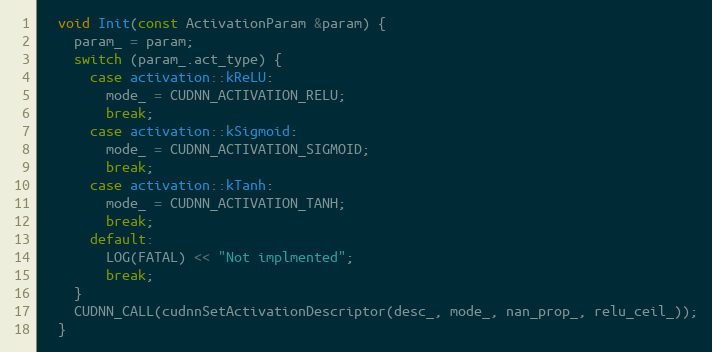
Language: C
  void Init(const ActivationParam &param) {
    param_ = param;
    switch (param_.act_type) {
      case activation::kReLU:
        mode_ = CUDNN_ACTIVATION_RELU;
        break;
      case activation::kSigmoid:
        mode_ = CUDNN_ACTIVATION_SIGMOID;
        break;
      case activation::kTanh:
        mode_ = CUDNN_ACTIVATION_TANH;
        break;
      default:
        LOG(FATAL) << "Not implmented";
        break;
    }
    CUDNN_CALL(cudnnSetActivationDescriptor(desc_, mode_, nan_prop_, relu_ceil_));
  }